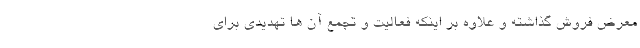
معرض فروش گذاشته و علاوه بر اینکه فعالیت و تجمع آن ها تهدیدی برای